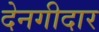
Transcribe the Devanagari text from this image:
देनगीदार